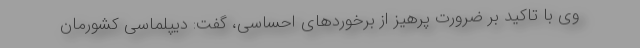
وی با تاکید بر ضرورت پرهیز از برخوردهای احساسی، گفت: دیپلماسی کشورمان